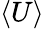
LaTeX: \langle U\rangle